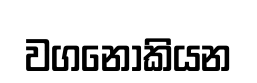
වගනොකියන